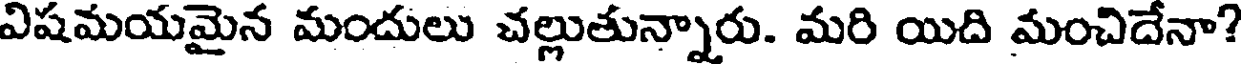
విషమయమైన మందులు చల్లుతున్నారు. మరి యిది మంచిదేనా?